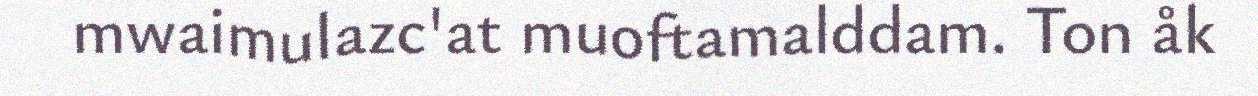
mwaimulazc'at muoftamalddam. Ton åk